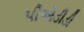
પીએડીડી